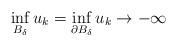
LaTeX: \begin{align*}\displaystyle{\inf_{B_{\delta}} u_k = \inf_{\partial B_{\delta}} u_k \to - \infty }\end{align*}